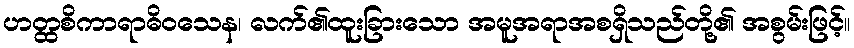
ဟတ္ထစိကာရာဓိဝသေန၊ လက်၏ထူးခြားသော အမူအရာအစရှိသည်တို့၏ အစွမ်းဖြင့်။